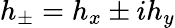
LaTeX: h_{\pm}=h_{x}\pm ih_{y}